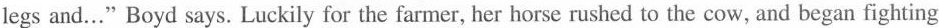
legs and…"Boyd says. Luckily for the farmer, her horse rushed to the cow, and began fighting